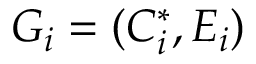
G _ { i } = ( C _ { i } ^ { * } , E _ { i } )